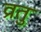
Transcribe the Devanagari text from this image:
व्रतु